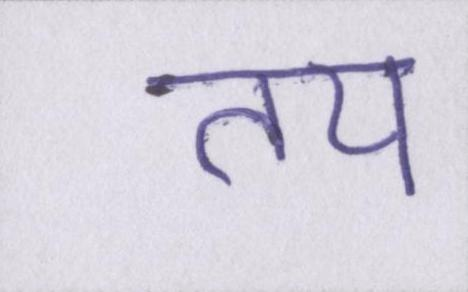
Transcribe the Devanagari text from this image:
तय